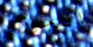
الجوزاء